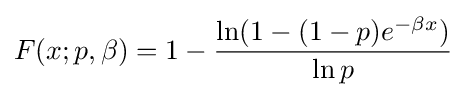
F(x;p,\beta )=1-{\frac {\ln(1-(1-p)e^{-\beta x})}{\ln p}}